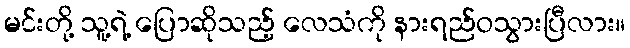
မင်းတို့ သူ့ရဲ့ ပြောဆိုသည့် လေသံကို နားရည်ဝသွားပြီလား။